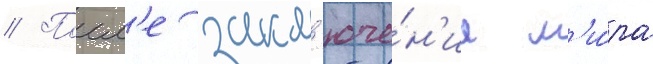
// Посл'е закл'юче́н'иа м'и́ра